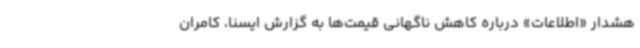
هشدار «اطلاعات» درباره کاهش ناگهانی قیمت‌ها به گزارش ایسنا، کامران